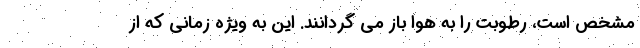
مشخص است، رطوبت را به هوا باز می گردانند. این به ویژه زمانی که از